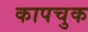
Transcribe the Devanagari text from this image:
कापचुक